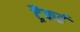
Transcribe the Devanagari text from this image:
ट्रैफर्ढ